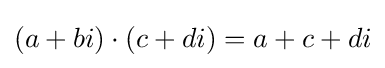
(a+bi)\cdot (c+di)=a+c+di